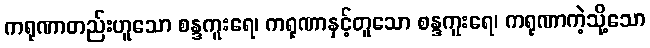
ကရုဏာတည်းဟူသော စန္ဒကူးရေ၊ ကရုဏာနှင့်တူသော စန္ဒကူးရေ၊ ကရုဏာကဲ့သို့သော